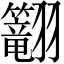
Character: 𬖅